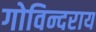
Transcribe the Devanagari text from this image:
गोविन्दराय